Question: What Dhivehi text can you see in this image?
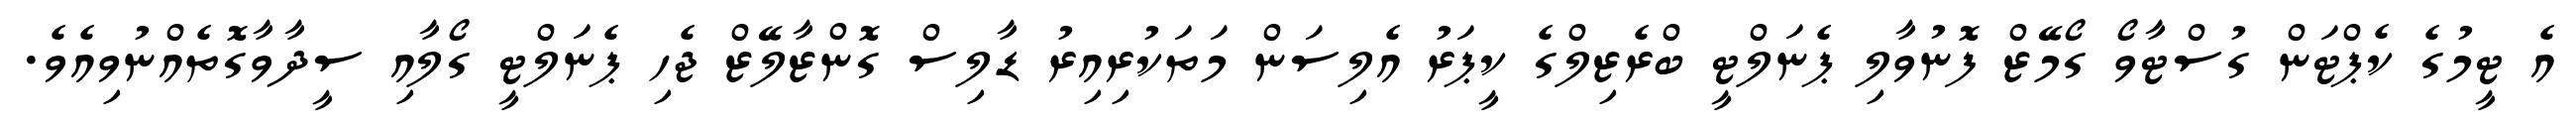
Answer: އެ ޓީމުގެ ކެޕްޓަން ގުސްޓާވޯ ގޯމޭޒް ފޮނުވާލި ޕެނަލްޓީ ބްރެޒިލްގެ ކީޕަރު އެލިސަން މަތަކުރިއިރު ޑާލިސް ގޮންޒާލޭޒް ޖެހި ޕެނަލްޓީ ގޯލާއި ސީދާވާގޮތެއްނުވިއެވެ.